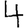
Digit: 4